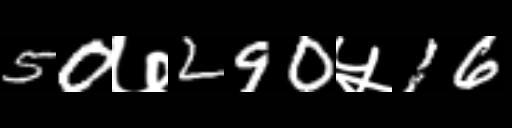
Text: 50७290५16